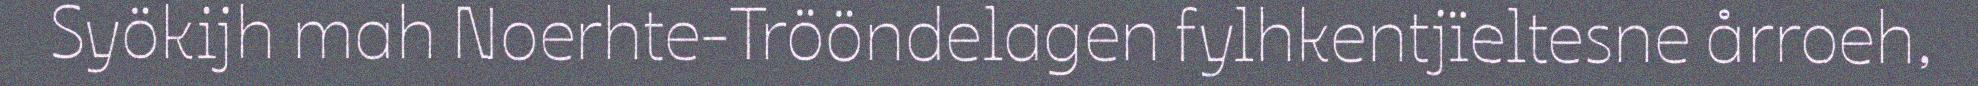
Syökijh mah Noerhte-Trööndelagen fylhkentjïeltesne årroeh,